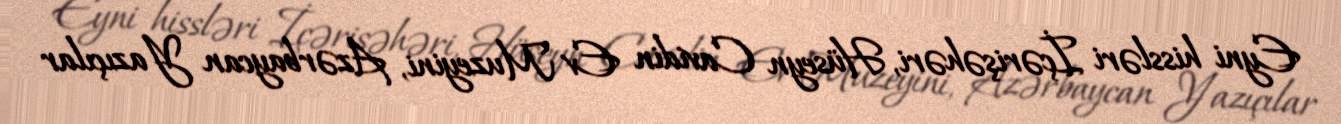
Eyni hissləri İçərişəhəri, Hüseyn Cavidin Ev Muzeyini, Azərbaycan Yazıçılar